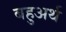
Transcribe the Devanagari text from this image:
बहुअर्थ